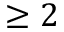
\geq 2